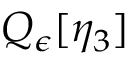
Q _ { \epsilon } [ \eta _ { 3 } ]